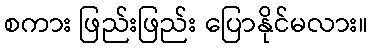
စကား ဖြည်းဖြည်း ပြောနိုင်မလား။